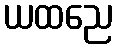
ယထညေ